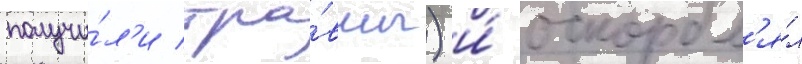
получи́л'и тра́вмы) и́ оскорбл'я́л